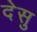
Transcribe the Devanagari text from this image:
देसु